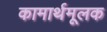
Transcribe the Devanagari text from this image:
कामार्थमूलक